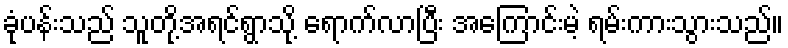
ခုံပန်းသည် သူတို့အရင်ရွာသို့ ရောက်လာပြီး အကြောင်းမဲ့ ရမ်းကားသွားသည်။